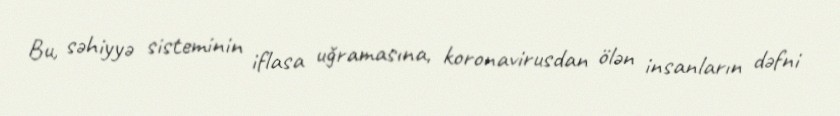
Bu, səhiyyə sisteminin iflasa uğramasına, koronavirusdan ölən insanların dəfni